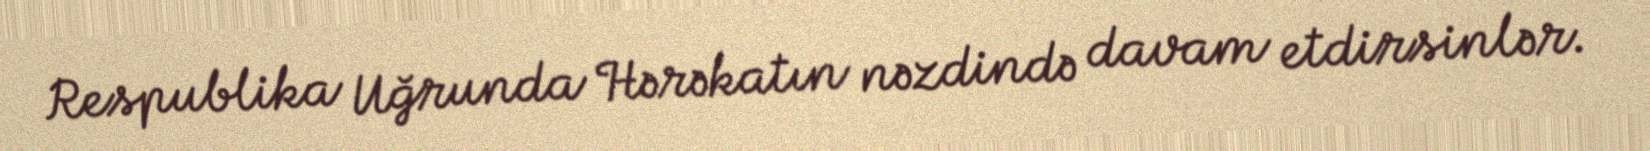
Respublika Uğrunda Hərəkatın nəzdində davam etdirsinlər.